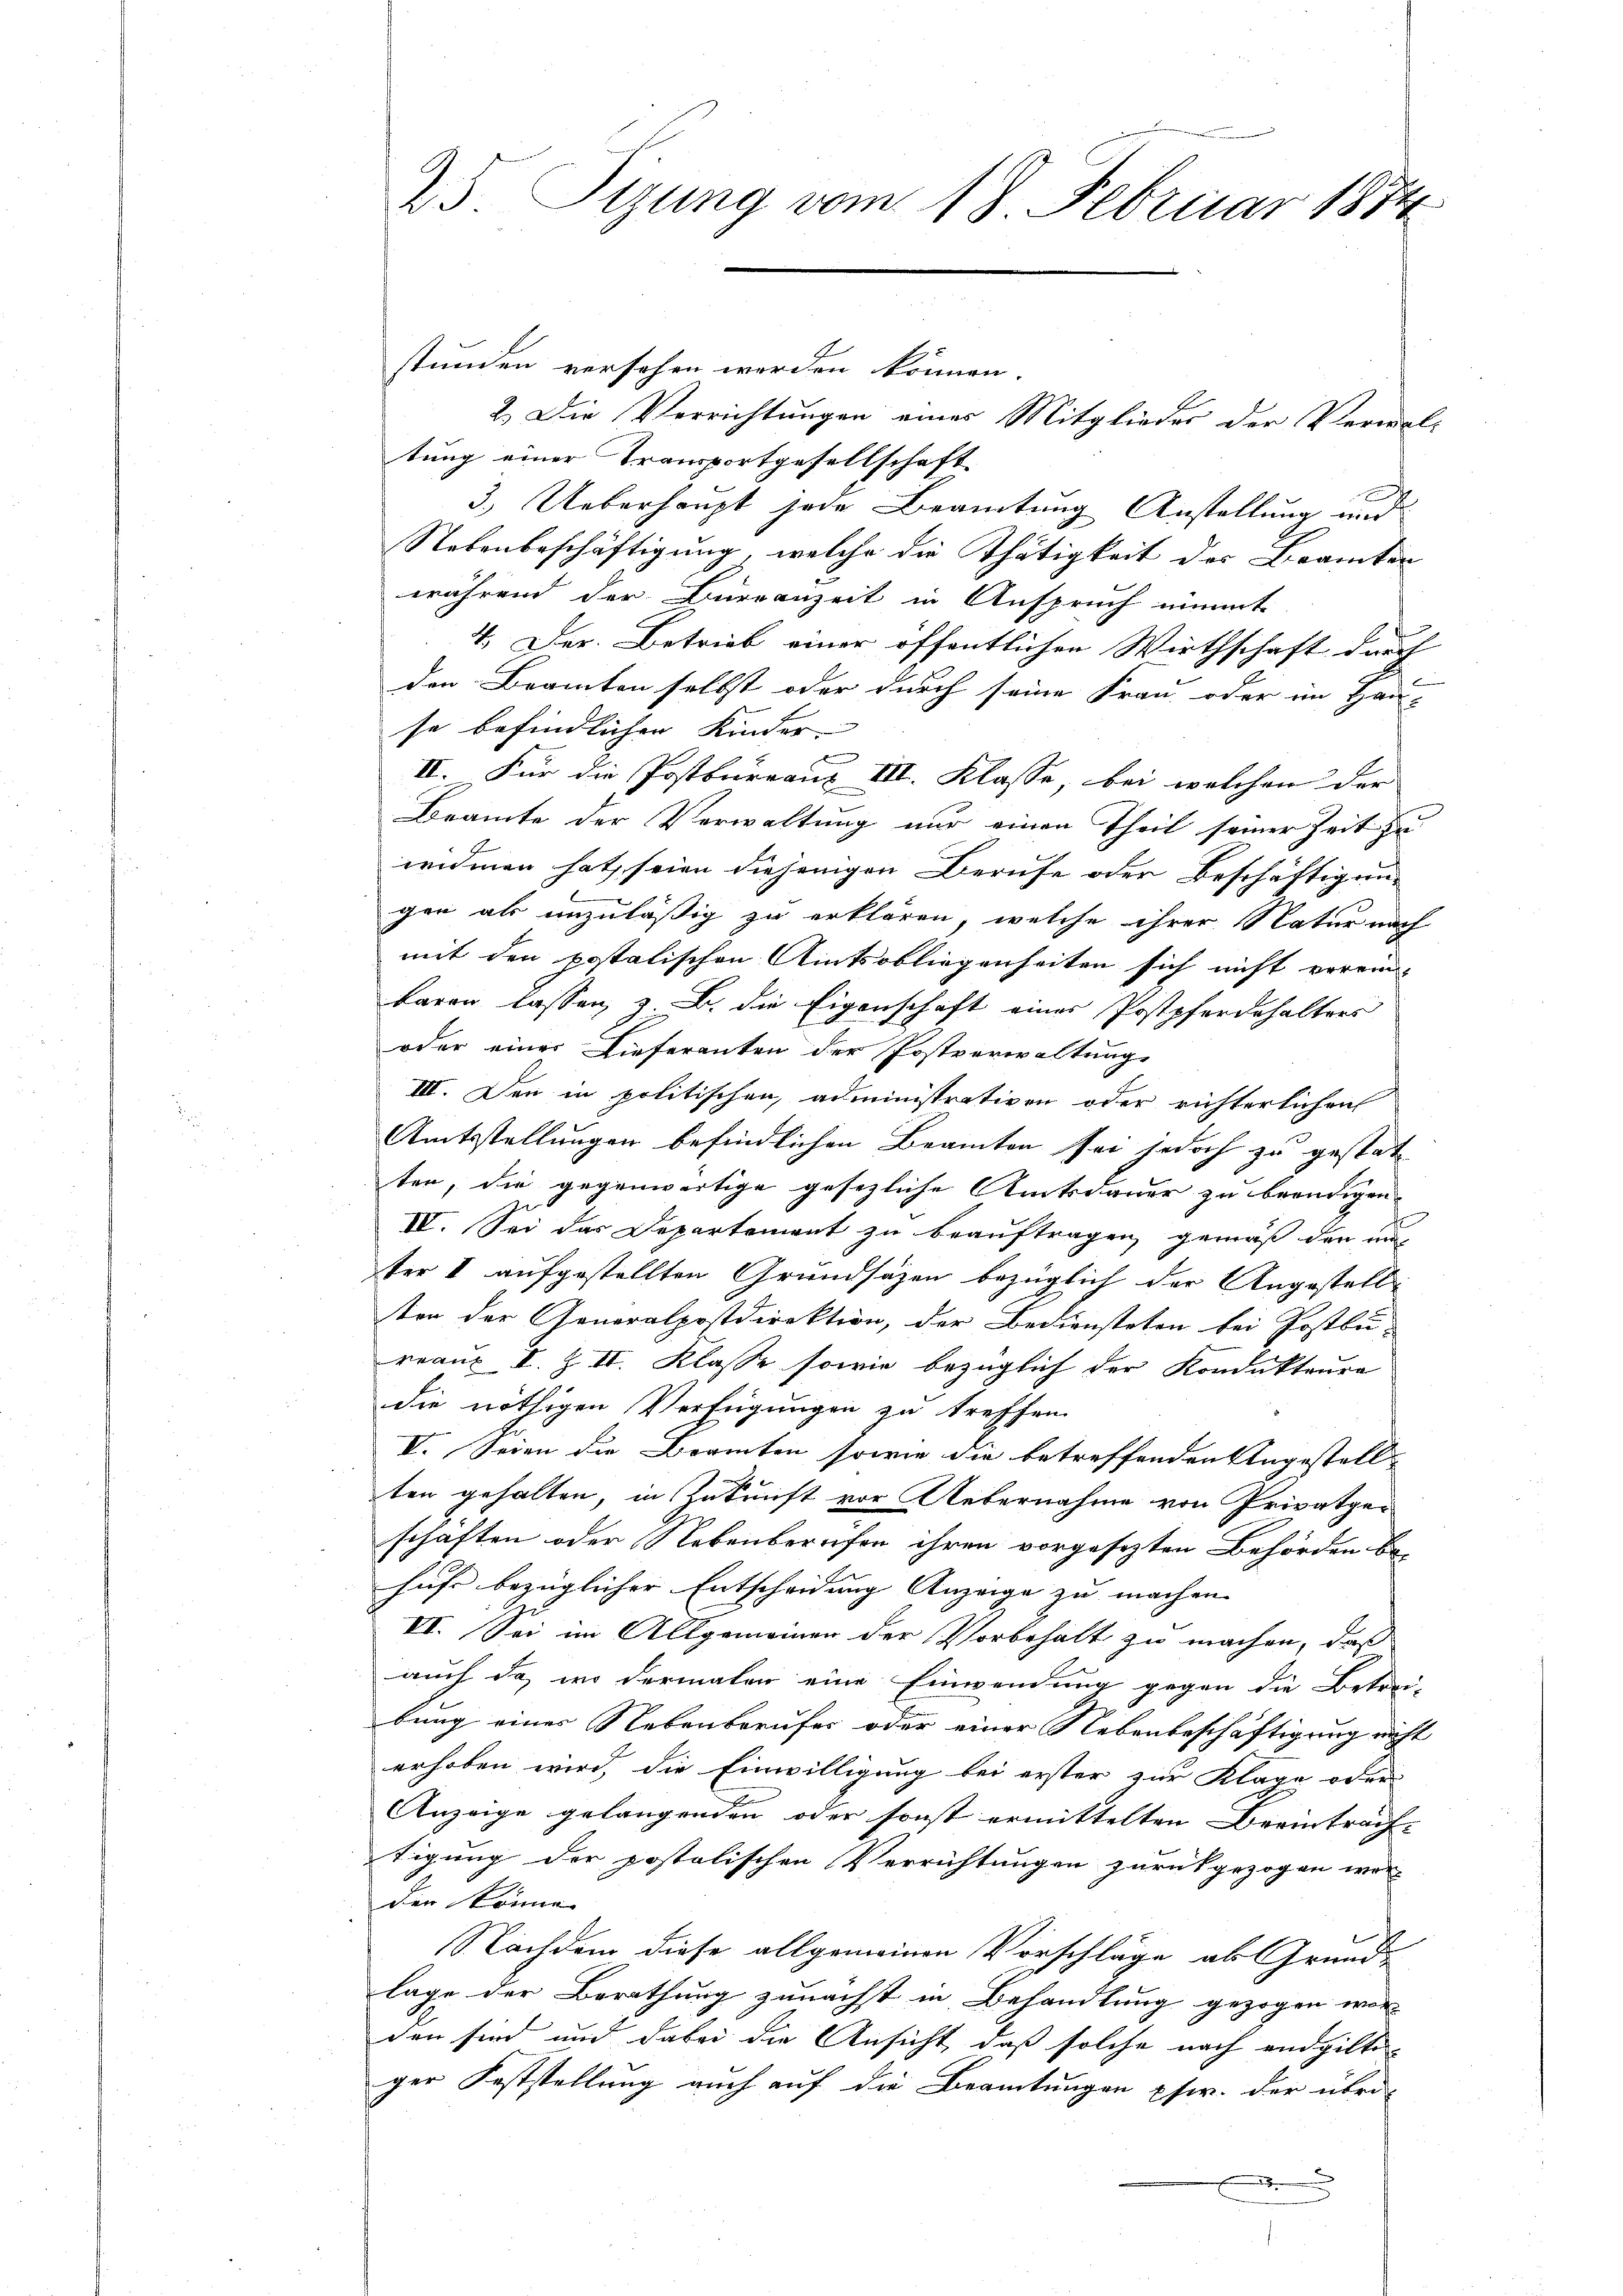
25 Tizung vom 18 Februar 1874

stunden versehen werden können.
2.) Die Verrichtungen eines Mitglieder der Verwal-
tung einer Transportgesellschaft
3.) Ueberhaupt jede Beamtung Anstellung und
Nebenbeschäftigung, welche die Thätigkeit des Beamten
während der Burganzeit in Anspruch nimmte
4. Der Betrieb einer öffentlicher Wirthschaft durch
den Beamten selbst oder durch seine Frau oder im Hau-
se befindlichen Kinder
e
II. Für die Postbureaux III. Klasse, bei welchen der
Beamte der Verwaltung nur einen Theil seiner Zeit zu
widmen hat, seien diejenigen Berufe oder Beschäftigung
gen als unzuläßig zu erklären, welche ihrer Natur nach
mit den postalischen Amtsobliegenheiten sich nicht vorein-
baren lassen, z. B. die Eigenschaft eines Postpferdehalters
oder eines Lieferanten der Postverwaltunge
III. Den in politischen, administrativen oder richterlichen
Amtsstellungen befindlichen Beamten sei jedoch zu gestat
ten, die gegenwärtige gesezliche Amtsdauer zu beendigen.
IV. Sei das Departement zu beauftragen, gemäß den mi
ter I aufgestellten Grundsätzen bezüglich der Angestell
ten der Generalpostdirektion, der Bediensteten bei Postbu-
reaux I. Z II. Klasse sowie bezüglich der Kondukteure
die nöthigen Verfügungen zu treffen.
V. Seien die Beamten sowie die betreffenden Ungestell
ten gehalten, in Zukunft vor Uebernahme von Privatgeschäften oder Nebenberufen ihren vorgesezten Behörden be-
hufe bezüglicher Entscheidung Anzeige zu machen. |
VI. Sei im Allgemeinen der Vorbehalt zu machen, daß
auch da, wo dermalen eine Einwendung gegen die Betrei-
bung eines Nebenberufes oder einer Nebenbeschäftigung nicht
erhoben wird, die Einwilligung bei erster zur Klage oder
Anzeige gelangenden oder sonst ermittelten Beeintrach-
tigung der postolischen Verrichtungen zurückgezogen wer-
den könne
Nachdem diese allgemeinen Vorschläge als Grund-
lage der Berathung zunächst in Behandlung gezogen wor-
den sind und dabei die Ansicht, daß solche nach endgilte
ger Feststellung auch auf die Beamtungen pfer. der übri-
.